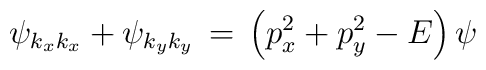
\psi_{k_x k_x} +\psi_{k_y k_y} \, =\, \left( p^2_x + p^2_y -E \right) \psi